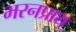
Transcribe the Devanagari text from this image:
भरनप्राथ